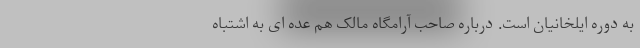
به دوره ایلخانیان است. درباره صاحب آرامگاه مالک هم عده ای به اشتباه